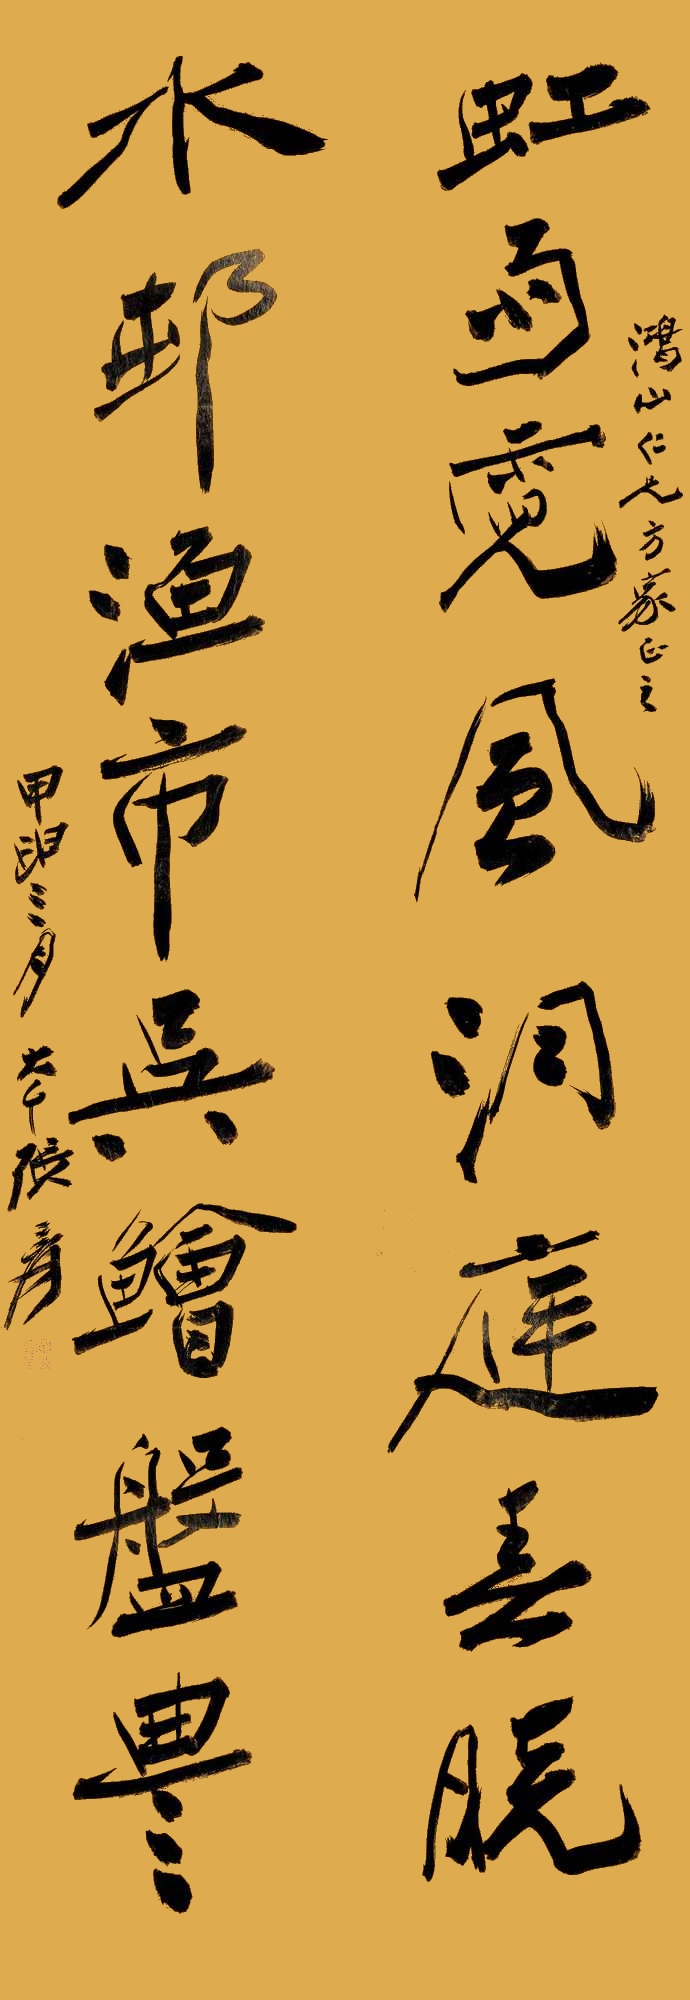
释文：虹雨霓风，洞庭春晚。水村渔市，吴鲙盘丰。鸿山仁兄方家正之。甲申三月大千张爰。